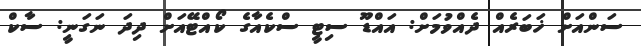
ސަންއަށް ޚަބަރެއް ދެއްވުމަށް: އައްޑޫ ސިޓީ ސްކެއާގެ ކޯއްޓޭއަށް ދިދަ ނަގަނީ: ސާކް